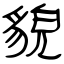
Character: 貌